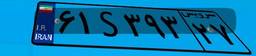
۵۹S۸۵۱۷۹